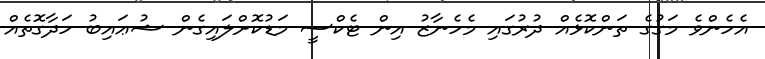
އެހެންވެ މަގުގެ ތަންކޮޅެއް ދުރުގައި މެހެނާޒު އިން ޓެކްސީ މަޑުކޮށްލައިގެން ޝުޢައިބު ހަދާގޮތެއް